Scottish Leaving Certificate Examination, 1955
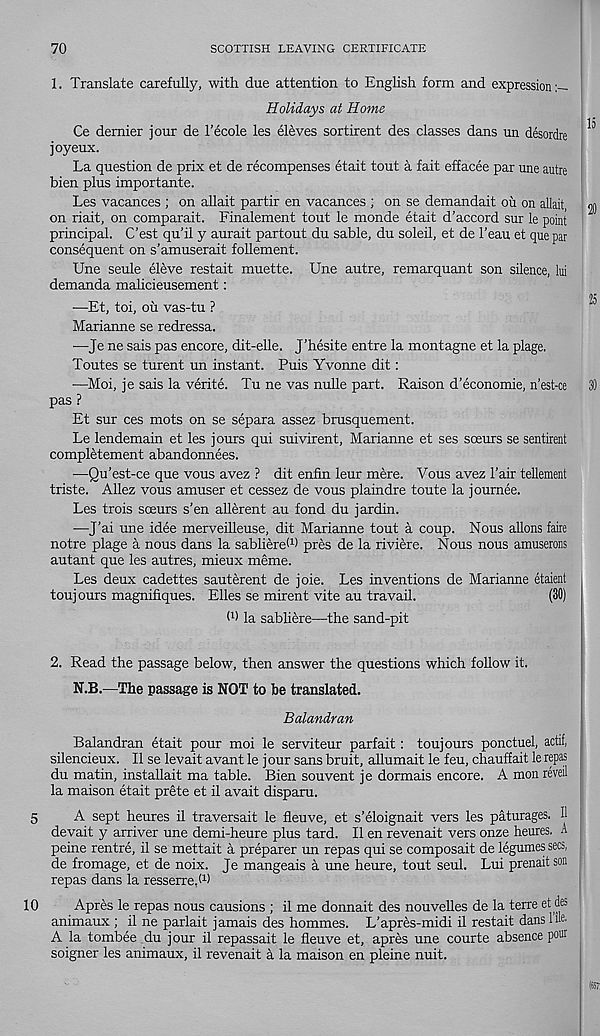
70
SCOTTISH LEAVING CERTIFICATE
1. Translate carefully, with due attention to English form and expression:—
Holidays at Home
Ce dernier jour de 1’ecole les ehbves sortirent des classes dans un desordre ^
joyeux.
La question de prix et de recompenses etait tout a fait effacee par une autre
bien plus importante.
Les vacances ; on allait partir en vacances ; on se demandait ou on allait, 05
on riait, on comparait. Finalement tout le monde etait d’accord sur le point
principal. C’est qu’il y aurait partout du sable, du soleil, et de 1’eau et que par
consequent on s’amuserait follement.
Une seule eleve restait muette. Une autre, remarquant son silence, hi
demanda malicieusement:
—Et, toi, ou vas-tu ?
Marianne se redressa.
■—Je ne sais pas encore, dit-elle. J’hesite entre la montagne et la plage.
Toutes se turent un instant. Puis Yvonne dit:
—Moi, je sais la verite. Tu ne vas nulle part. Raison d’economie, n’est-ce 30
pas ?
Et sur ces mots on se separa assez brusquement.
Le lendemain et les jours qui suivirent, Marianne et ses soeurs se sentirent
completement abandonnees.
—Qu’est-ce que vous avez ? dit enfin leur mere. Vous avez 1’air tellement
triste. Allez vous amuser et cessez de vous plaindre toute la journee.
Les trois sceurs s'en allerent au fond du jardin.
■—J’ai une idee merveilleuse, dit Marianne tout a coup. Nous aliens faire
notre plage a nous dans la sabliered) pres de la riviere. Nous nous amuserons
autant que les autres, mieux meme.
Les deux cadettes sauterent de joie. Les inventions de Marianne etaient
toujours magnifiques. Elies se mirent vite au travail.
(30)
d) la sabliere—the sand-pit
2. Read the passage below, then answer the questions which follow it.
N.B.—The passage is NOT to be translated.
Balandran
10
Balandran etait pour moi le serviteur parfait: toujours ponctuel, actif,
silencieux. 11 se levait avant le jour sans bruit, allumait le feu, chauffait le repas
du matin, installait ma table. Bien souvent je dormais encore. A mon reveil
la maison etait prete et il avait disparu.
A sept heures il traversait le fleuve, et s’eloignait vers les paturages. H
devait y arriver une demi-heure plus tard. Il en revenait vers onze heures. A
peine rentre, il se mettait a preparer un repas qui se composait de legumes secs,
de fromage, et de noix. Je mangeais a une heure, tout seul. Lui prenaitson
repas dans la resserre.d)
Apres le repas nous causions ; il me donnait des nouvelles de la terre et des
animaux ; il ne parlait jamais des hommes. L’apres-midi il restait dans lib
A la tombee du jour il repassait le fleuve et, apres une courte absence pou r
soigner les animaux, il revenait h la maison en pleine nuit.